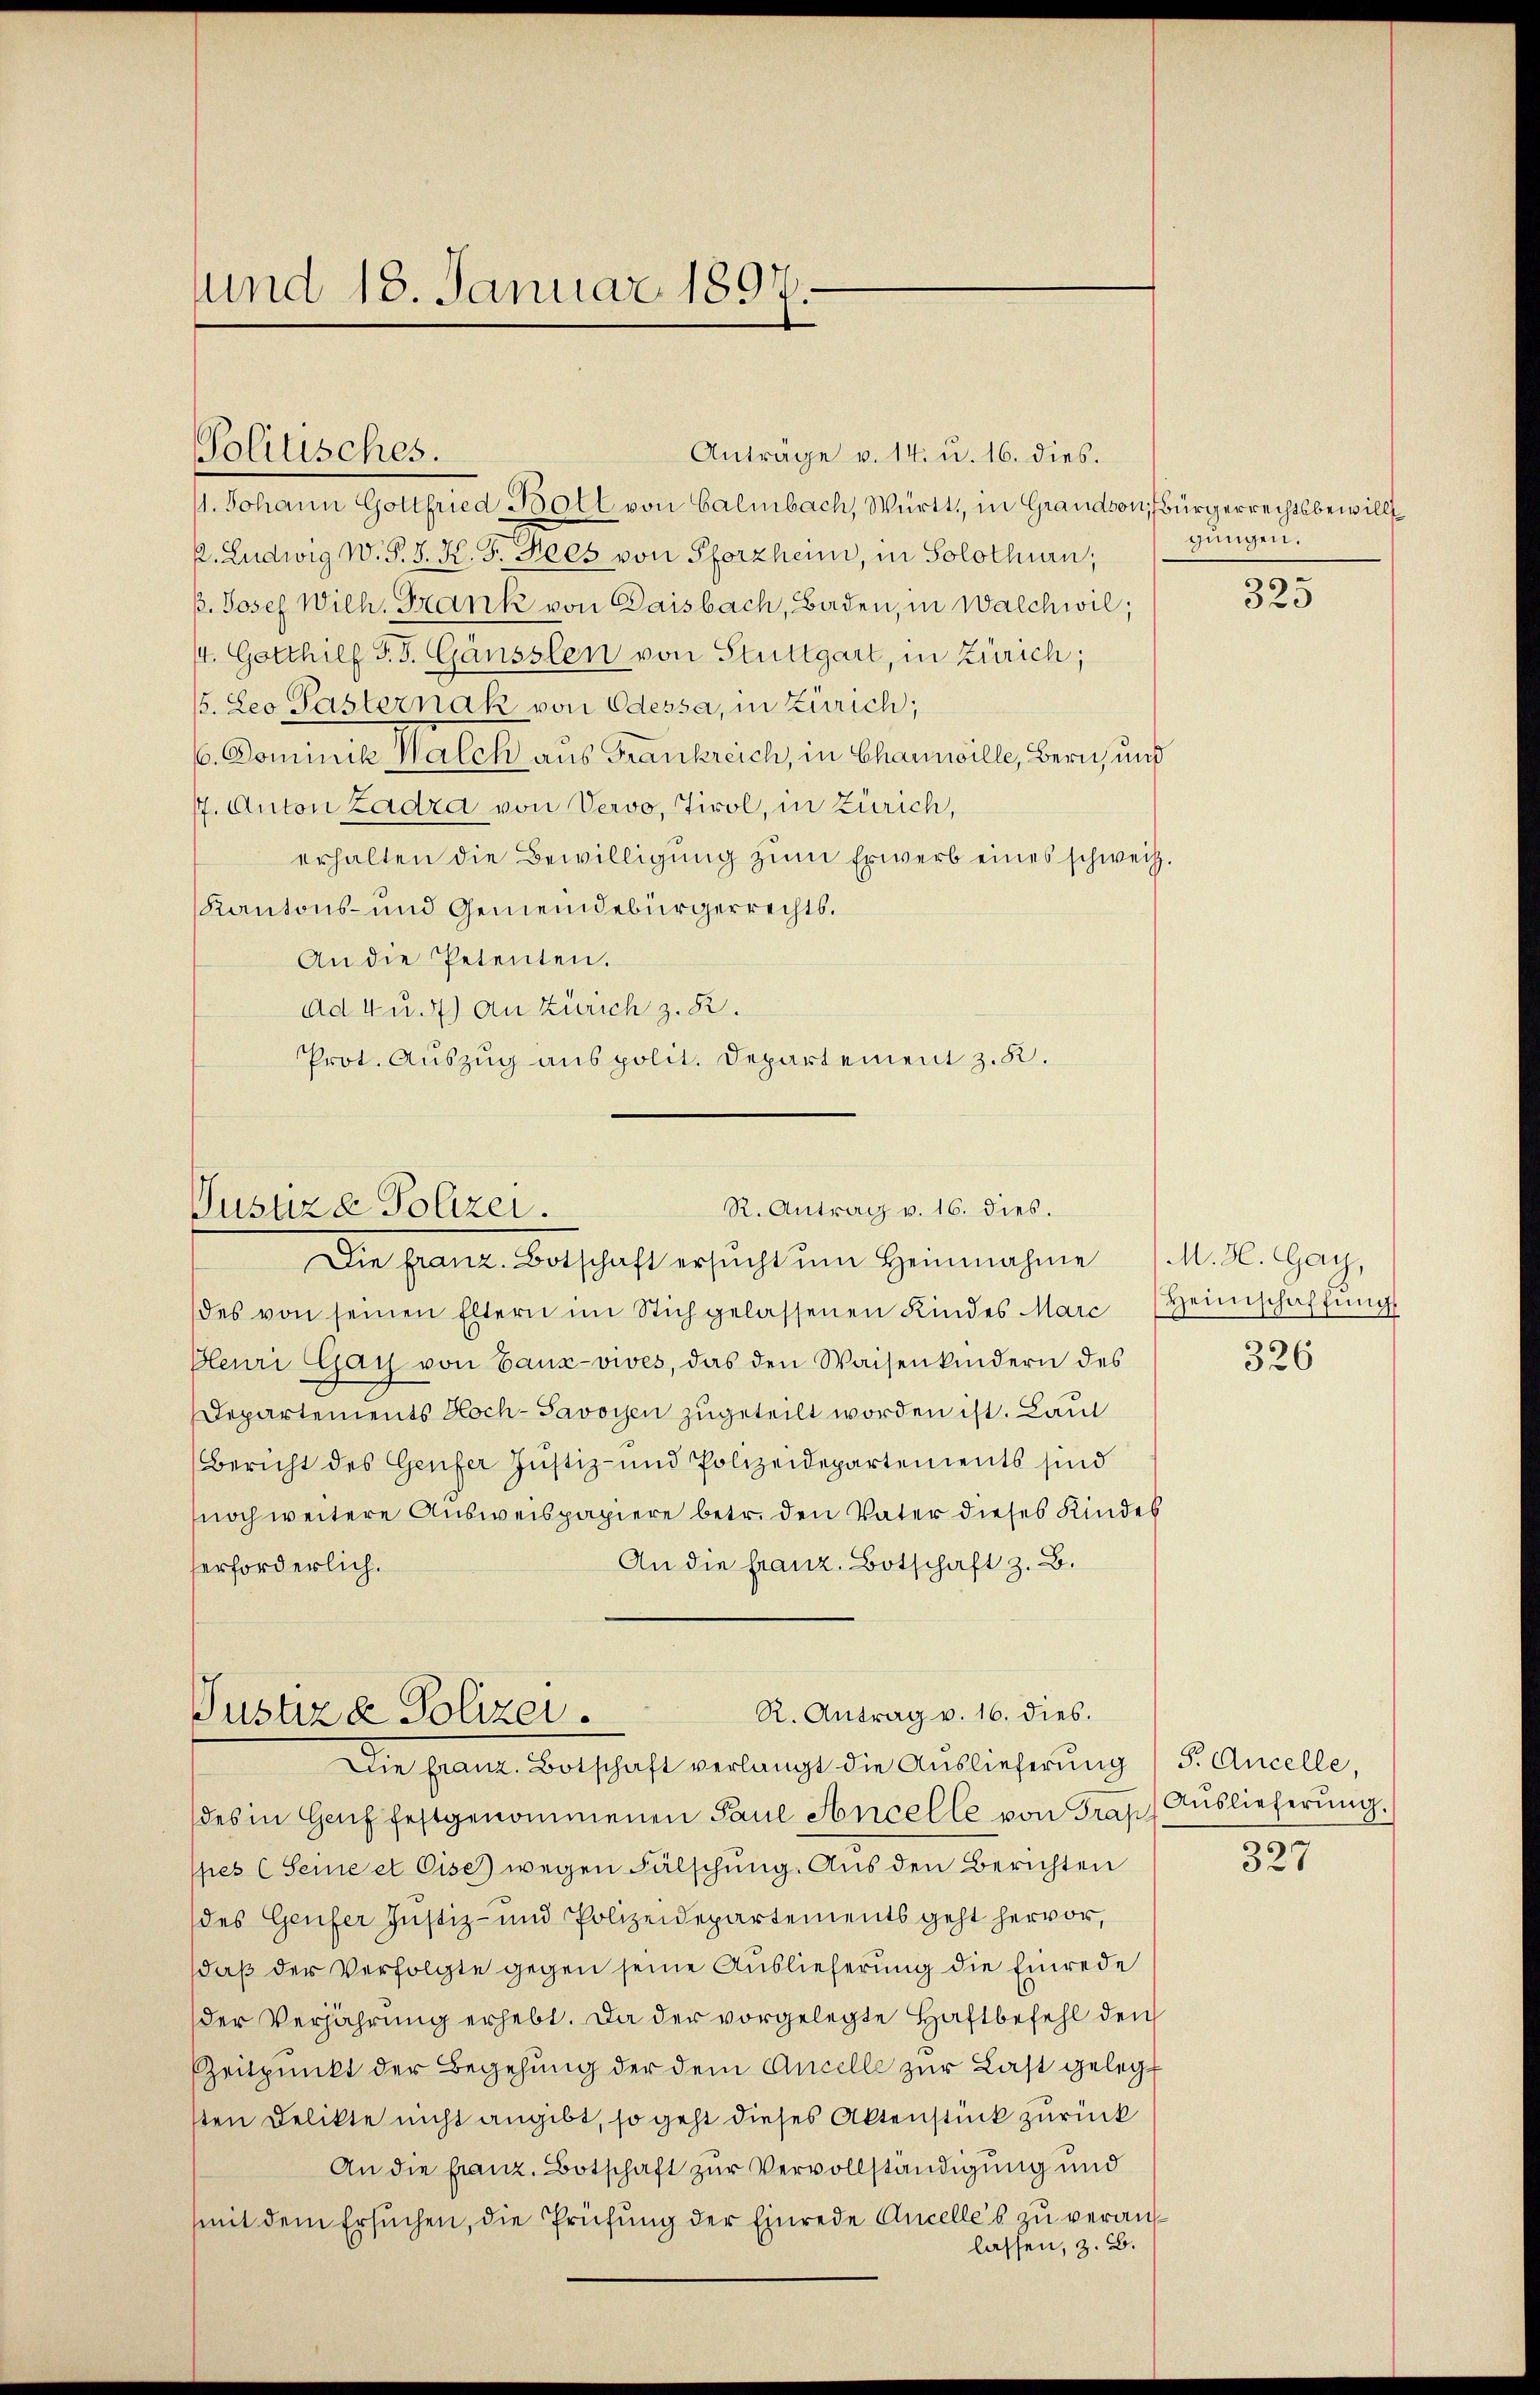
und 18. Januar 1897.

Anträge v. 14. u. 16. dies.
11. Johann Gottfried Boll von Calmbach, Württ., in Grandson, Bürgerrechtsbewill
2. Ludwig W. P. J. K. J. Fees von Pforzheim, in Solothurn,
p. Josef Wilh. Frank von Daisbach, Baden, in Walchwil;
44. Gotthilf P. J. Gänsslen von Stuttgart, in Zürich;
5. Leo Pasternak von Odessa, in Zürich;
(. Dominik Walck aus Frankreich, in Charnville, Bern, und
17. Anton Zadra von Vervo, Tirol, in Zürich,
erhalten die Bewilligung zum Erwerb eines schweiz.
Kantons- und Gemeindebürgerrechts.
An die Petenten.
ad 4 u. 4) An Zürich z. R.
Prot. Auszug aus polit. Departement z. K.

Politisches.

R. Antrag v. 16. dies.
Justize Polizei.
Die franz. Botschaft ersŭcht ŭm Heinnahme (M. Z. Gay,

des von seinen Eltern im Stich gelassenen Kindes Marc Heimschaffŭng
Plenri Gay von Bauz-vives, das den Waisenkindern des
Departements Hoch-Savoyen zugeteilt worden ist. Laut
Bericht des Genfer Justiz- und Polizeidepartements sind
noch weitere Ausweispapiere betr. den Vater dieses Kindes
An die franz. Botschaft z. B.
erforderlich.
des in Haŭf festgenommenen Paul Ancelle von Graf. Auslieferŭng.
spes (Seine et Cise) wegen Fälschung. Aus den Berichten
des Genfer Justiz- und Polizeidepartements geht hervor,
daß der Verfolgte gegen seine Auslieferung die Einrede
der Verjährung erhebt. Da der vorgelegte Haftbefehl den
Zeitpunkt der Begehung der dem Ancelle zur Last gelegt
sten Delikte nicht angibt, so geht dieses Aktenstück zurück
An die franz. Botschaft zur Vervollständigung und
mit dem Ersuchen, die Prüfung der Einrede Ancelles zu veranslassen, z. B.

R. Antrag v. 16. dies.
Justiz & Polizei.
Die franz. Botschaft verlangt die Auslieferŭng (s. Ancelle,

gungen.

325

326

327